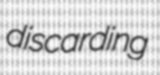
discarding